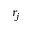
r _ { j }